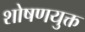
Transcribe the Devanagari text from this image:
शोषणयुक्त